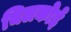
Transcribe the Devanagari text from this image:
चिलकोई